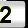
Digit: 2